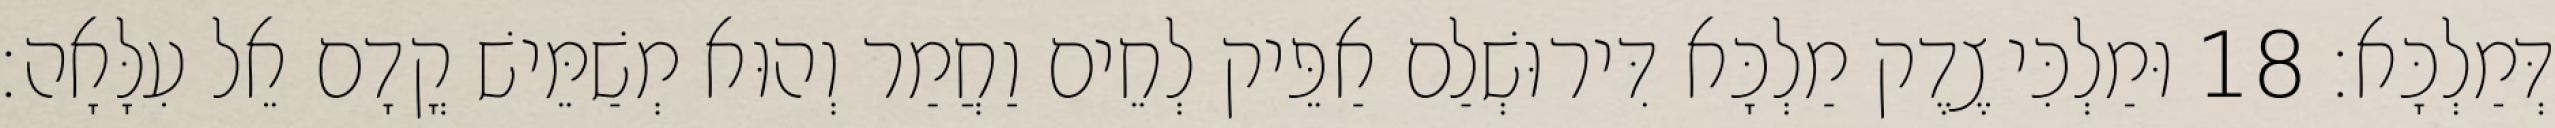
דְּמַלְכָּא׃ 18 וּמַלְכִּי צֶדֶק מַלְכָּא דִּירוּשְׁלַם אַפֵּיק לְחֵים וַחֲמַר וְהוּא מְשַׁמֵּישׁ קֳדָם אֵל עִלָּאָה׃